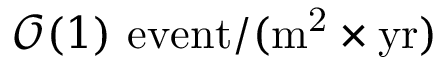
\mathcal { O } ( 1 ) ~ \mathrm { e v e n t } / ( \mathrm { m ^ { 2 } } \times \mathrm { y r } )